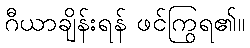
ဂီယာချိန်းရန် ဖင်ကြွရ၏။